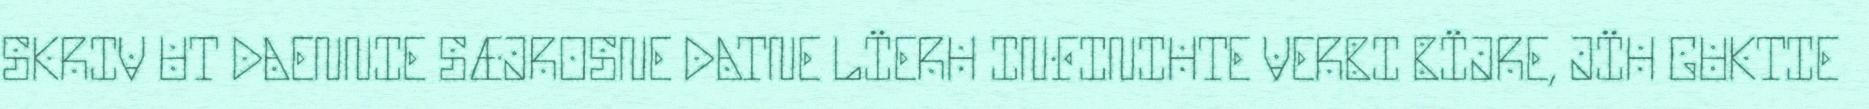
SKRIV UT DAENNIE SÆJROSNE DATNE LÏERH INFINIHTE VERBI BÏJRE, JÏH GUKTIE